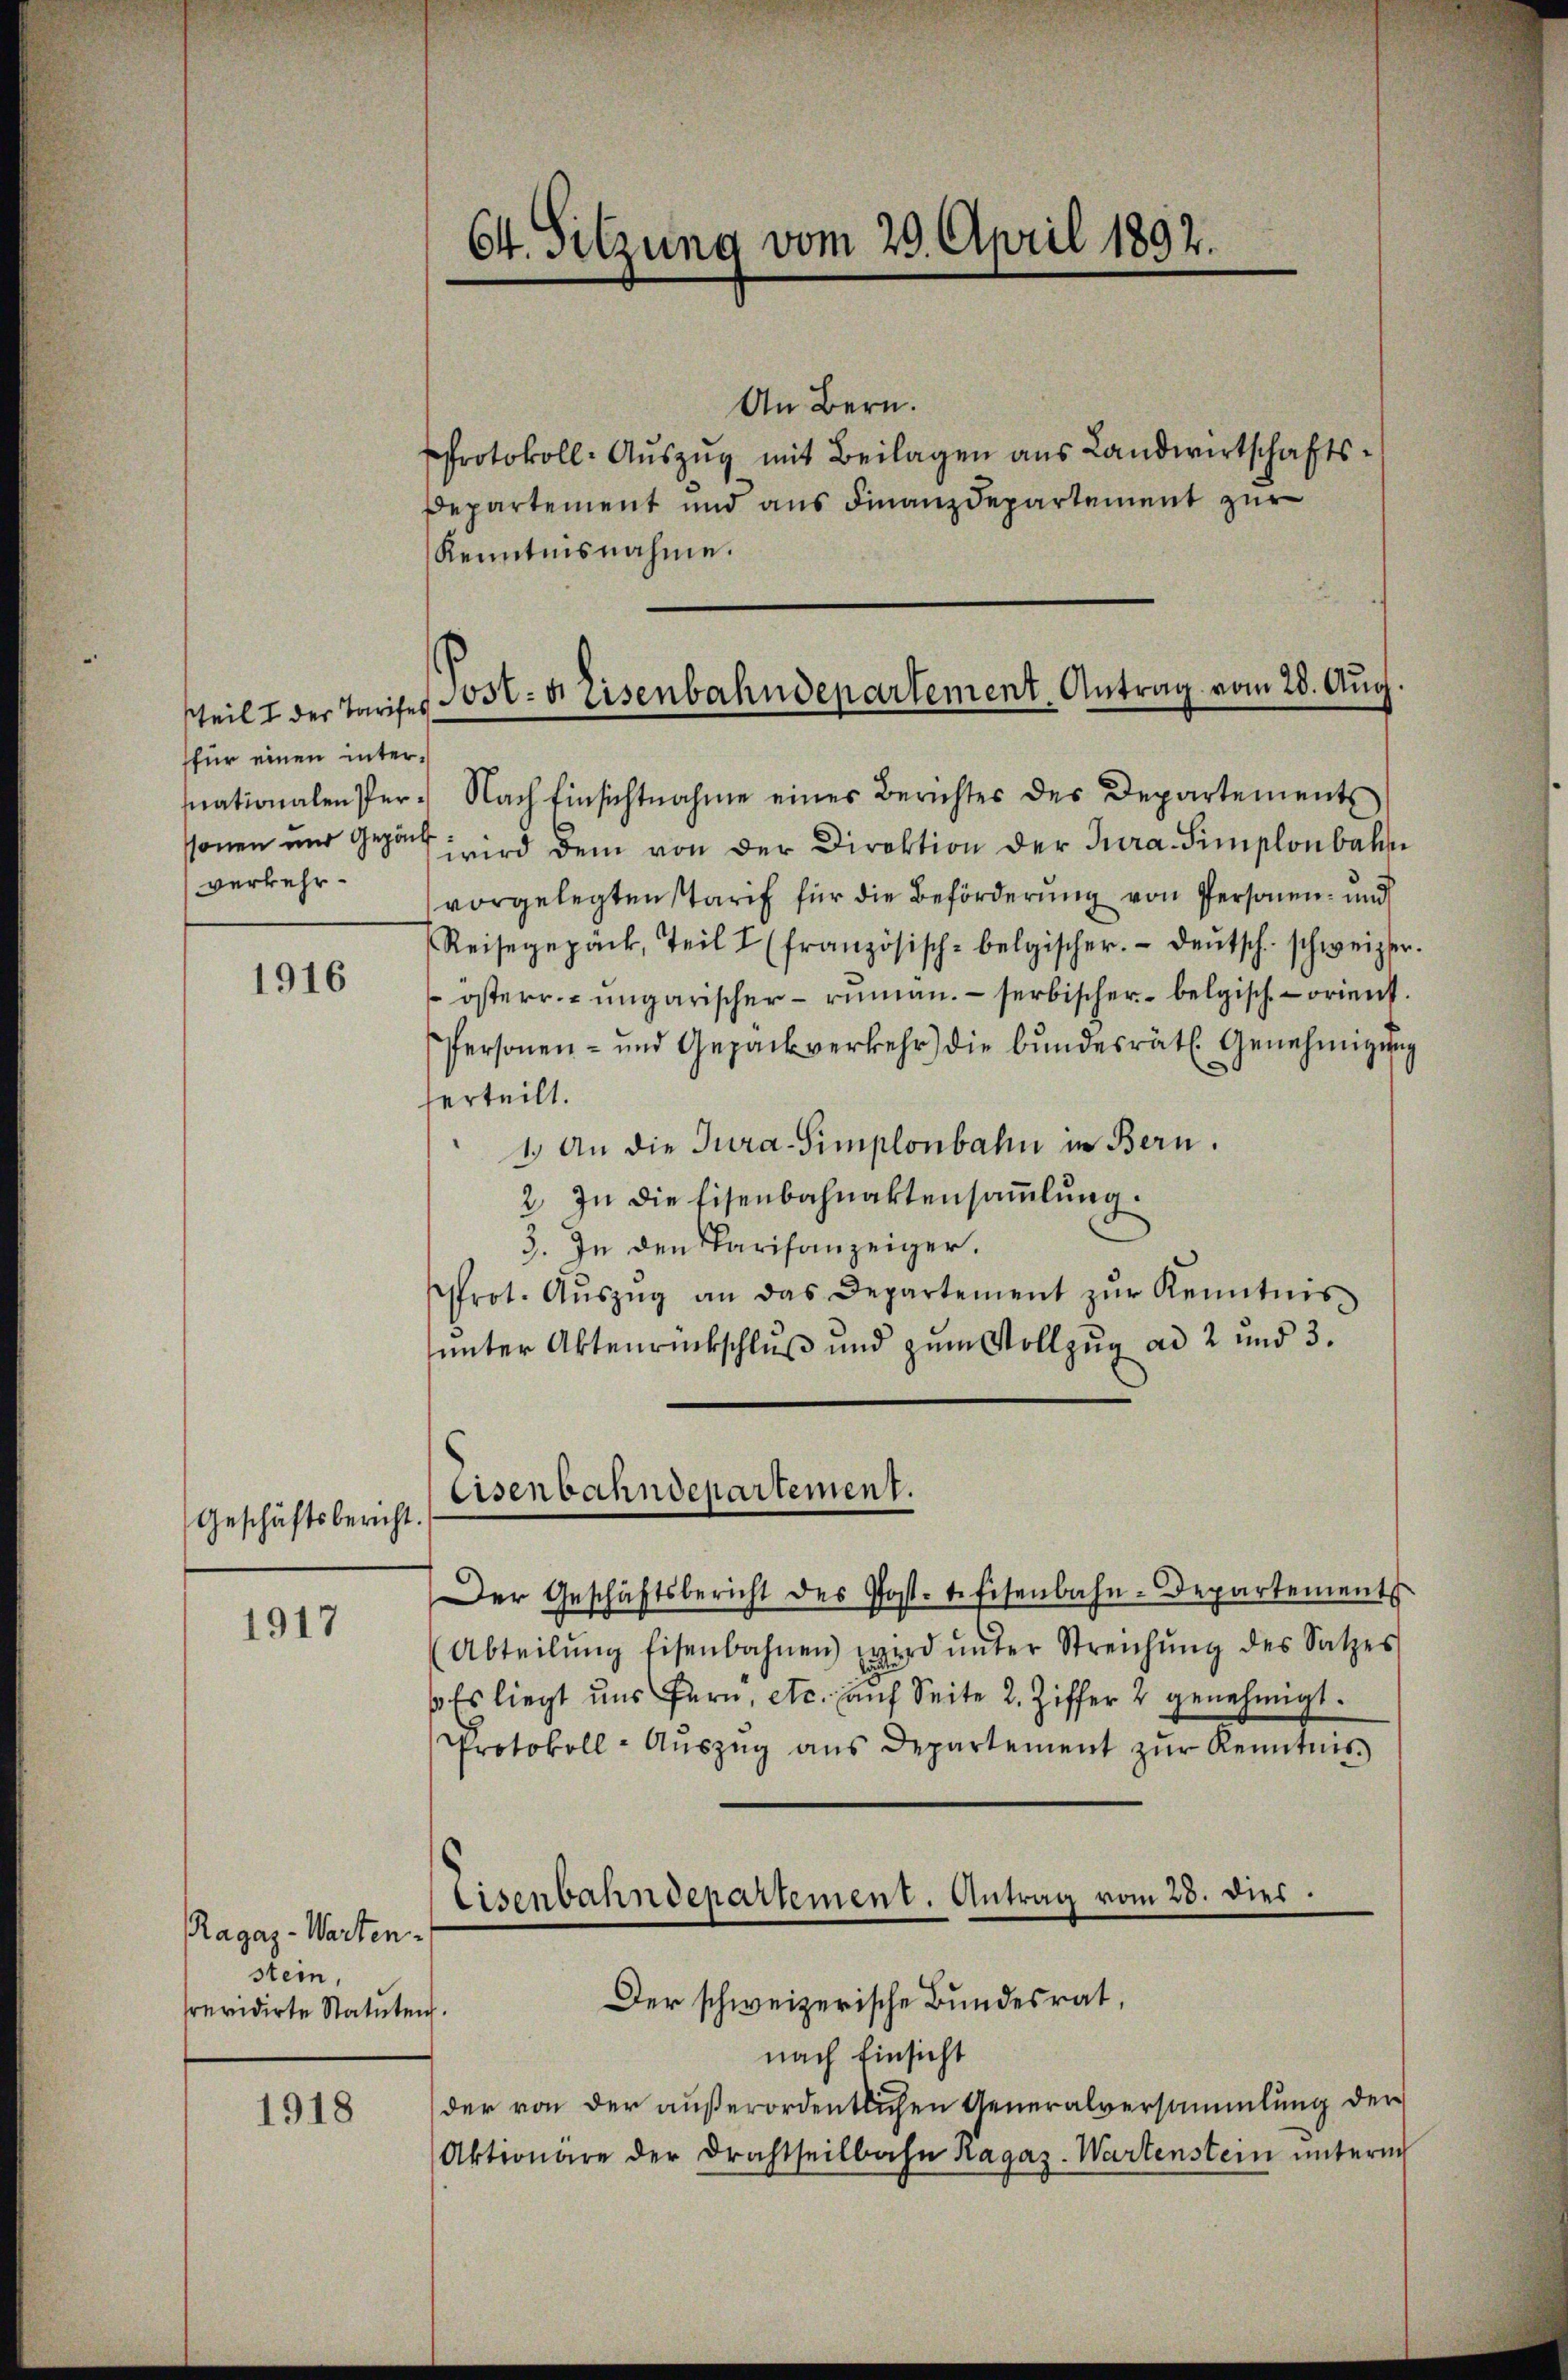
stheil I der Tarifes
sfür einen intersnationalen Personen und gegön
verkehr¬

1916

Geschäftsbericht.

1917

Ragaz-Warten-
stein,
srevidirte Statuten.

1918

An Bern.
Protokoll-Aŭszŭg mit Beilagen aus Landwirtschafts¬
Departement und aus Finanzdepartement zur
Kenntnisnahme.

64. Sitzung vom 29. April 1892.

Post- & Eisenbahndepartement Antrag vom 28. Aug.

Eisenbahndepartement.

Nach Einsichtnahme eines Berichtes des Departements
wird dem von der Direktion der Jura. Simplonbahn
vorgelegten Tarif für die Beförderung von Personen- und
Reisegepack, Teil I (französisch-belgischer. Deutsch schweizer
 österr.-ungarischer- riman. – serbischer belgisch-orient
Personen- und Gepäckverkehr die bŭndesrätl. Genehmigŭng
herteilt.
1.) An die Jura-Simplonbahn in Bern.
2. In die Eisenbahnaktensammlung.
3. In den Parisanzeiger.
Prot. Aŭszŭg an das Departement zŭr Kenntnis
unter Aktenrückschluß und zum Vollzug ad 2 und 3.
Der Geschäftsbericht des Post-tefisenbahn-Departements
Abteilŭng Eisenbahnen) wird ŭnter Streichŭng des Satzes
 Es liegt uns fern, etc. auf Seite 2. Ziffer 2 genehmigt.
Protokoll-Aŭszŭg ans Departement zŭr Kenntnis
Der schweizerische Bundesrat,
nach Einsicht
der von der außerordentlichen Generalversammlung der
Aktionare der Drachtheilbahn Ragaz. Wartenstein unterm

Eisenbahndepartement. Antrag vom 28. dies